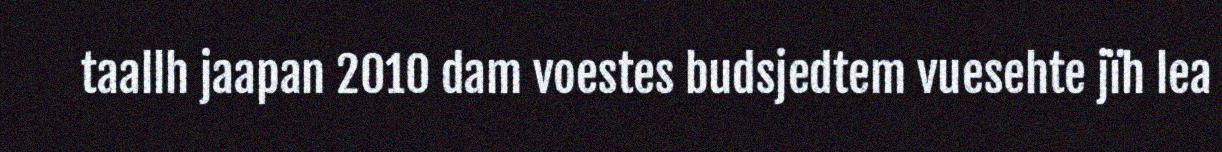
taallh jaapan 2010 dam voestes budsjedtem vuesehte jïh lea